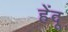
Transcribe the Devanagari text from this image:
हेंदू